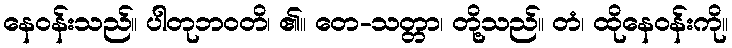
နေဝန်းသည်။ ပါတုဘဝတိ၊ ၏။ တေ-သတ္တာ၊ တို့သည်။ တံ၊ ထိုနေဝန်းကို။